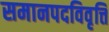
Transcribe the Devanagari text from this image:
समानपदविवृत्ति